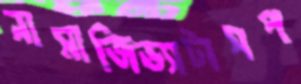
নামাজিড্যাটাসপ